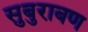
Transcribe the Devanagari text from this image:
सुबुराबण